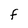
Character: F